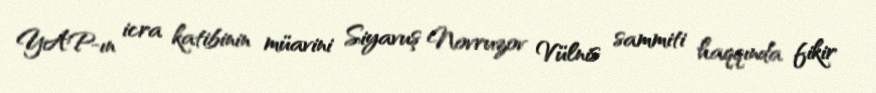
YAP-ın icra katibinin müavini Siyavuş Novruzov Vülnis sammiti haqqında fikir